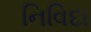
નિવિદા